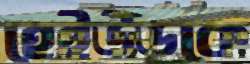
হেইউডকে